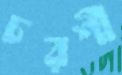
চরশী